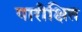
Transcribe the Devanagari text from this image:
पारीक्षित